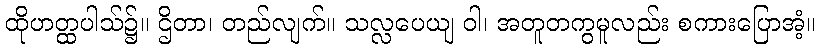
ထိုဟတ္ထပါသ်၌။ ဌိတာ၊ တည်လျက်။ သလ္လပေယျ ဝါ၊ အတူတကွမူလည်း စကားပြောအံ့။